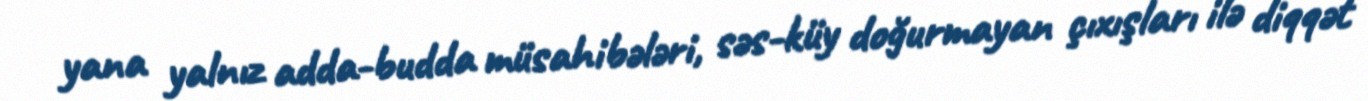
yana yalnız adda-budda müsahibələri, səs-küy doğurmayan çıxışları ilə diqqət